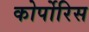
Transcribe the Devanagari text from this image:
कोर्पोरिस